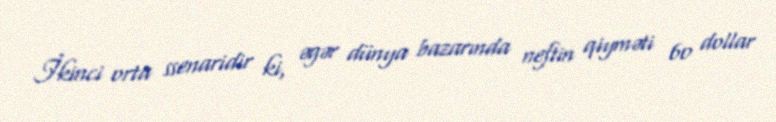
İkinci orta ssenaridir ki, əgər dünya bazarında neftin qiyməti 60 dollar